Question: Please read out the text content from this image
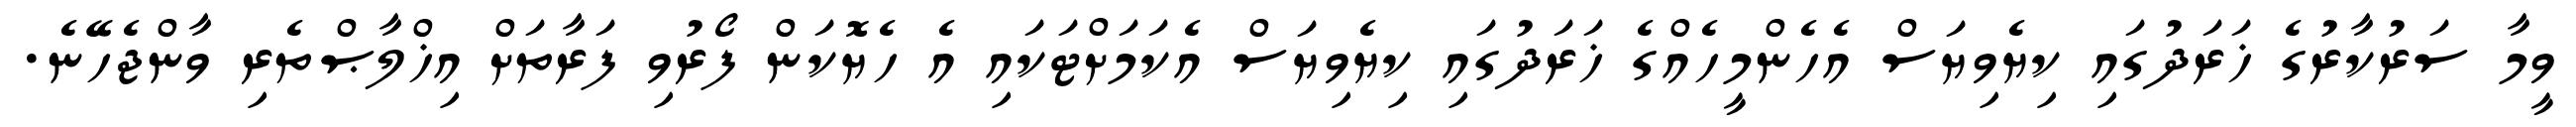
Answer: ވީމާ ސަރުކާރުގެ ޚަރަދުގައި ކިޔެވިޔަސް އެހެންމީހެއްގެ ޚަރަދުގައި ކިޔެވިޔަސް އެކަމަށްޓަކައި އެ ހެޔޮކަން ފޯރުވި ފަރާތަށް އިޚްލާޞްތެރި ވާންޖެހޭނެ.